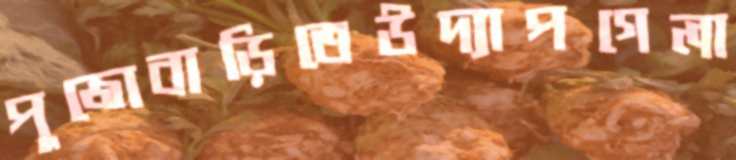
পুজোবাড়িতেউদ্যাপগেলা